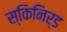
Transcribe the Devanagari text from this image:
स्किनिर्ड